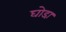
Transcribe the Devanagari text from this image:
घोडा़